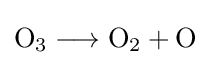
{\mathrm {O} {\vphantom {A}}_{\smash[{t}]{3}}{}\mathrel {\longrightarrow } {}\mathrm {O} {\vphantom {A}}_{\smash[{t}]{2}}{}+{}\mathrm {O} }